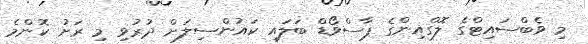
މި ވެބްސައިޓްގެ ލޮގްއިންގެ ޕާސްވޯޑް ބަލައި ކައުންސިލަށް ދުރުވި މި ރަށު ކޮންމެ